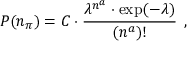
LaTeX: P ( n _ { \pi } ) = C \cdot \frac { \lambda ^ { n ^ { a } } \cdot \exp ( - \lambda ) } { ( n ^ { a } ) ! } \: \: ,